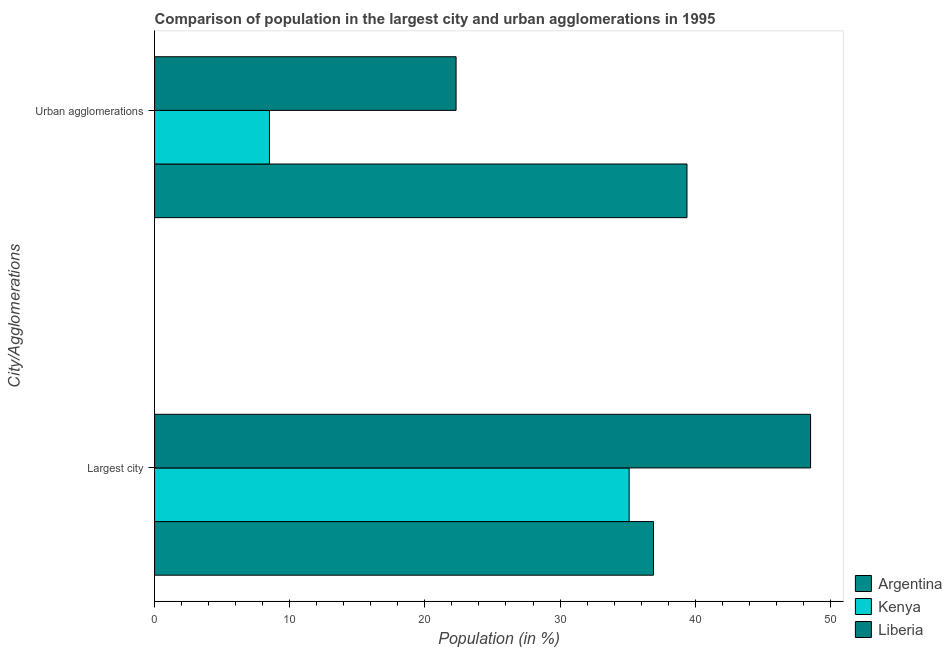
| City/Agglomerations | Argentina | Kenya | Liberia |
 | --- | --- | --- | --- |
 | Largest city | 36.9 | 35.1 | 48.5 |
 | Urban agglomerations | 39.4 | 8.5 | 22.3 |